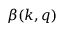
\beta ( k , q )